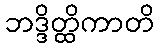
ဘဒ္ဒိတ္ထိကာတိ